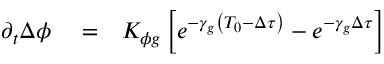
\begin{array} { r l r } { \partial _ { t } \Delta \phi } & { { } = } & { K _ { \phi g } \left[ e ^ { - \gamma _ { g } \left( T _ { 0 } - \Delta \tau \right) } - e ^ { - \gamma _ { g } \Delta \tau } \right] } \end{array}